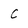
Character: C